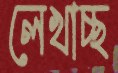
লেখাচ্ছ